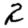
Digit: 2